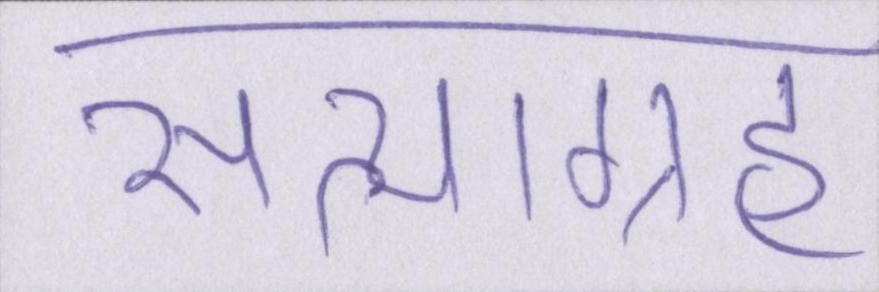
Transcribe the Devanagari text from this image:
सत्याग्रह